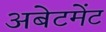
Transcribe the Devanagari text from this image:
अबेटमेंट